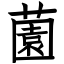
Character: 薗